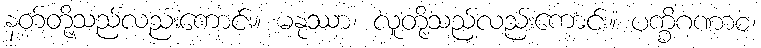
နတ်တို့သည်လည်းကောင်း။ မနုဿာ၊ လူတို့သည်လည်းကောင်း။ ပက္ခိဂဏာစ၊